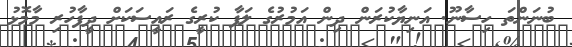
ބުނަންތަ ހިސާނޫ. އަނިޔާކުރަން ދިން އަމުރުގެ ލަފާ ކުރީގެ ރައީސަކަށް ދީފާހުރި މާމޮޅު